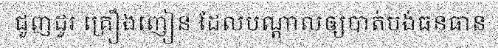
ជួញដូរ គ្រឿងញៀន ដែលបណ្តាលឲ្យបាត់បង់ធនធាន